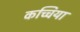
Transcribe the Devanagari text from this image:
कच्चिया